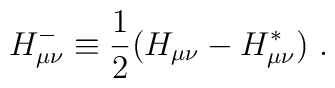
H^-_ {\mu\nu} \equiv {1\over 2}( H_{\mu\nu} - H^*_{ \mu\nu}) \ .